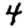
Digit: 4